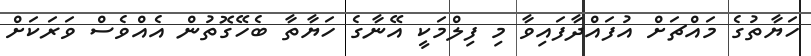
ހަޔާތުގެ މައްޗަށް އުފައްދާފައިވާ މި ފިލްމަކީ އޭނާގެ ހަޔާތާ ބެހޭގޮތުން އެއްވެސް ވަރަކަށް